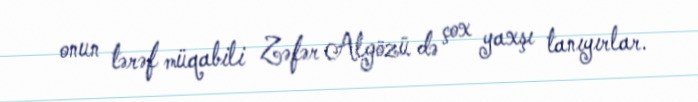
onun tərəf müqabili Zəfər Algözü də çox yaxşı tanıyırlar.